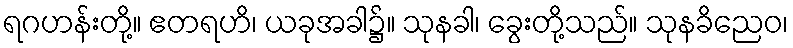
ရဂဟန်းတို့။ ဧတရဟိ၊ ယခုအခါ၌။ သုနခါ၊ ခွေးတို့သည်။ သုနခိညေဝ၊